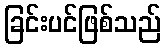
ခြင်းပင်ဖြစ်သည်